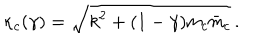
\kappa _ { c } ( \gamma ) = \sqrt { k ^ { 2 } + ( 1 - \gamma ) { \sf m } _ { c } \bar { \sf m } _ { c } } \, .